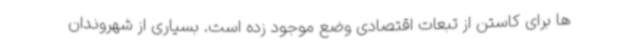
ها برای کاستن از تبعات اقتصادی وضع موجود زده است. بسیاری از شهروندان